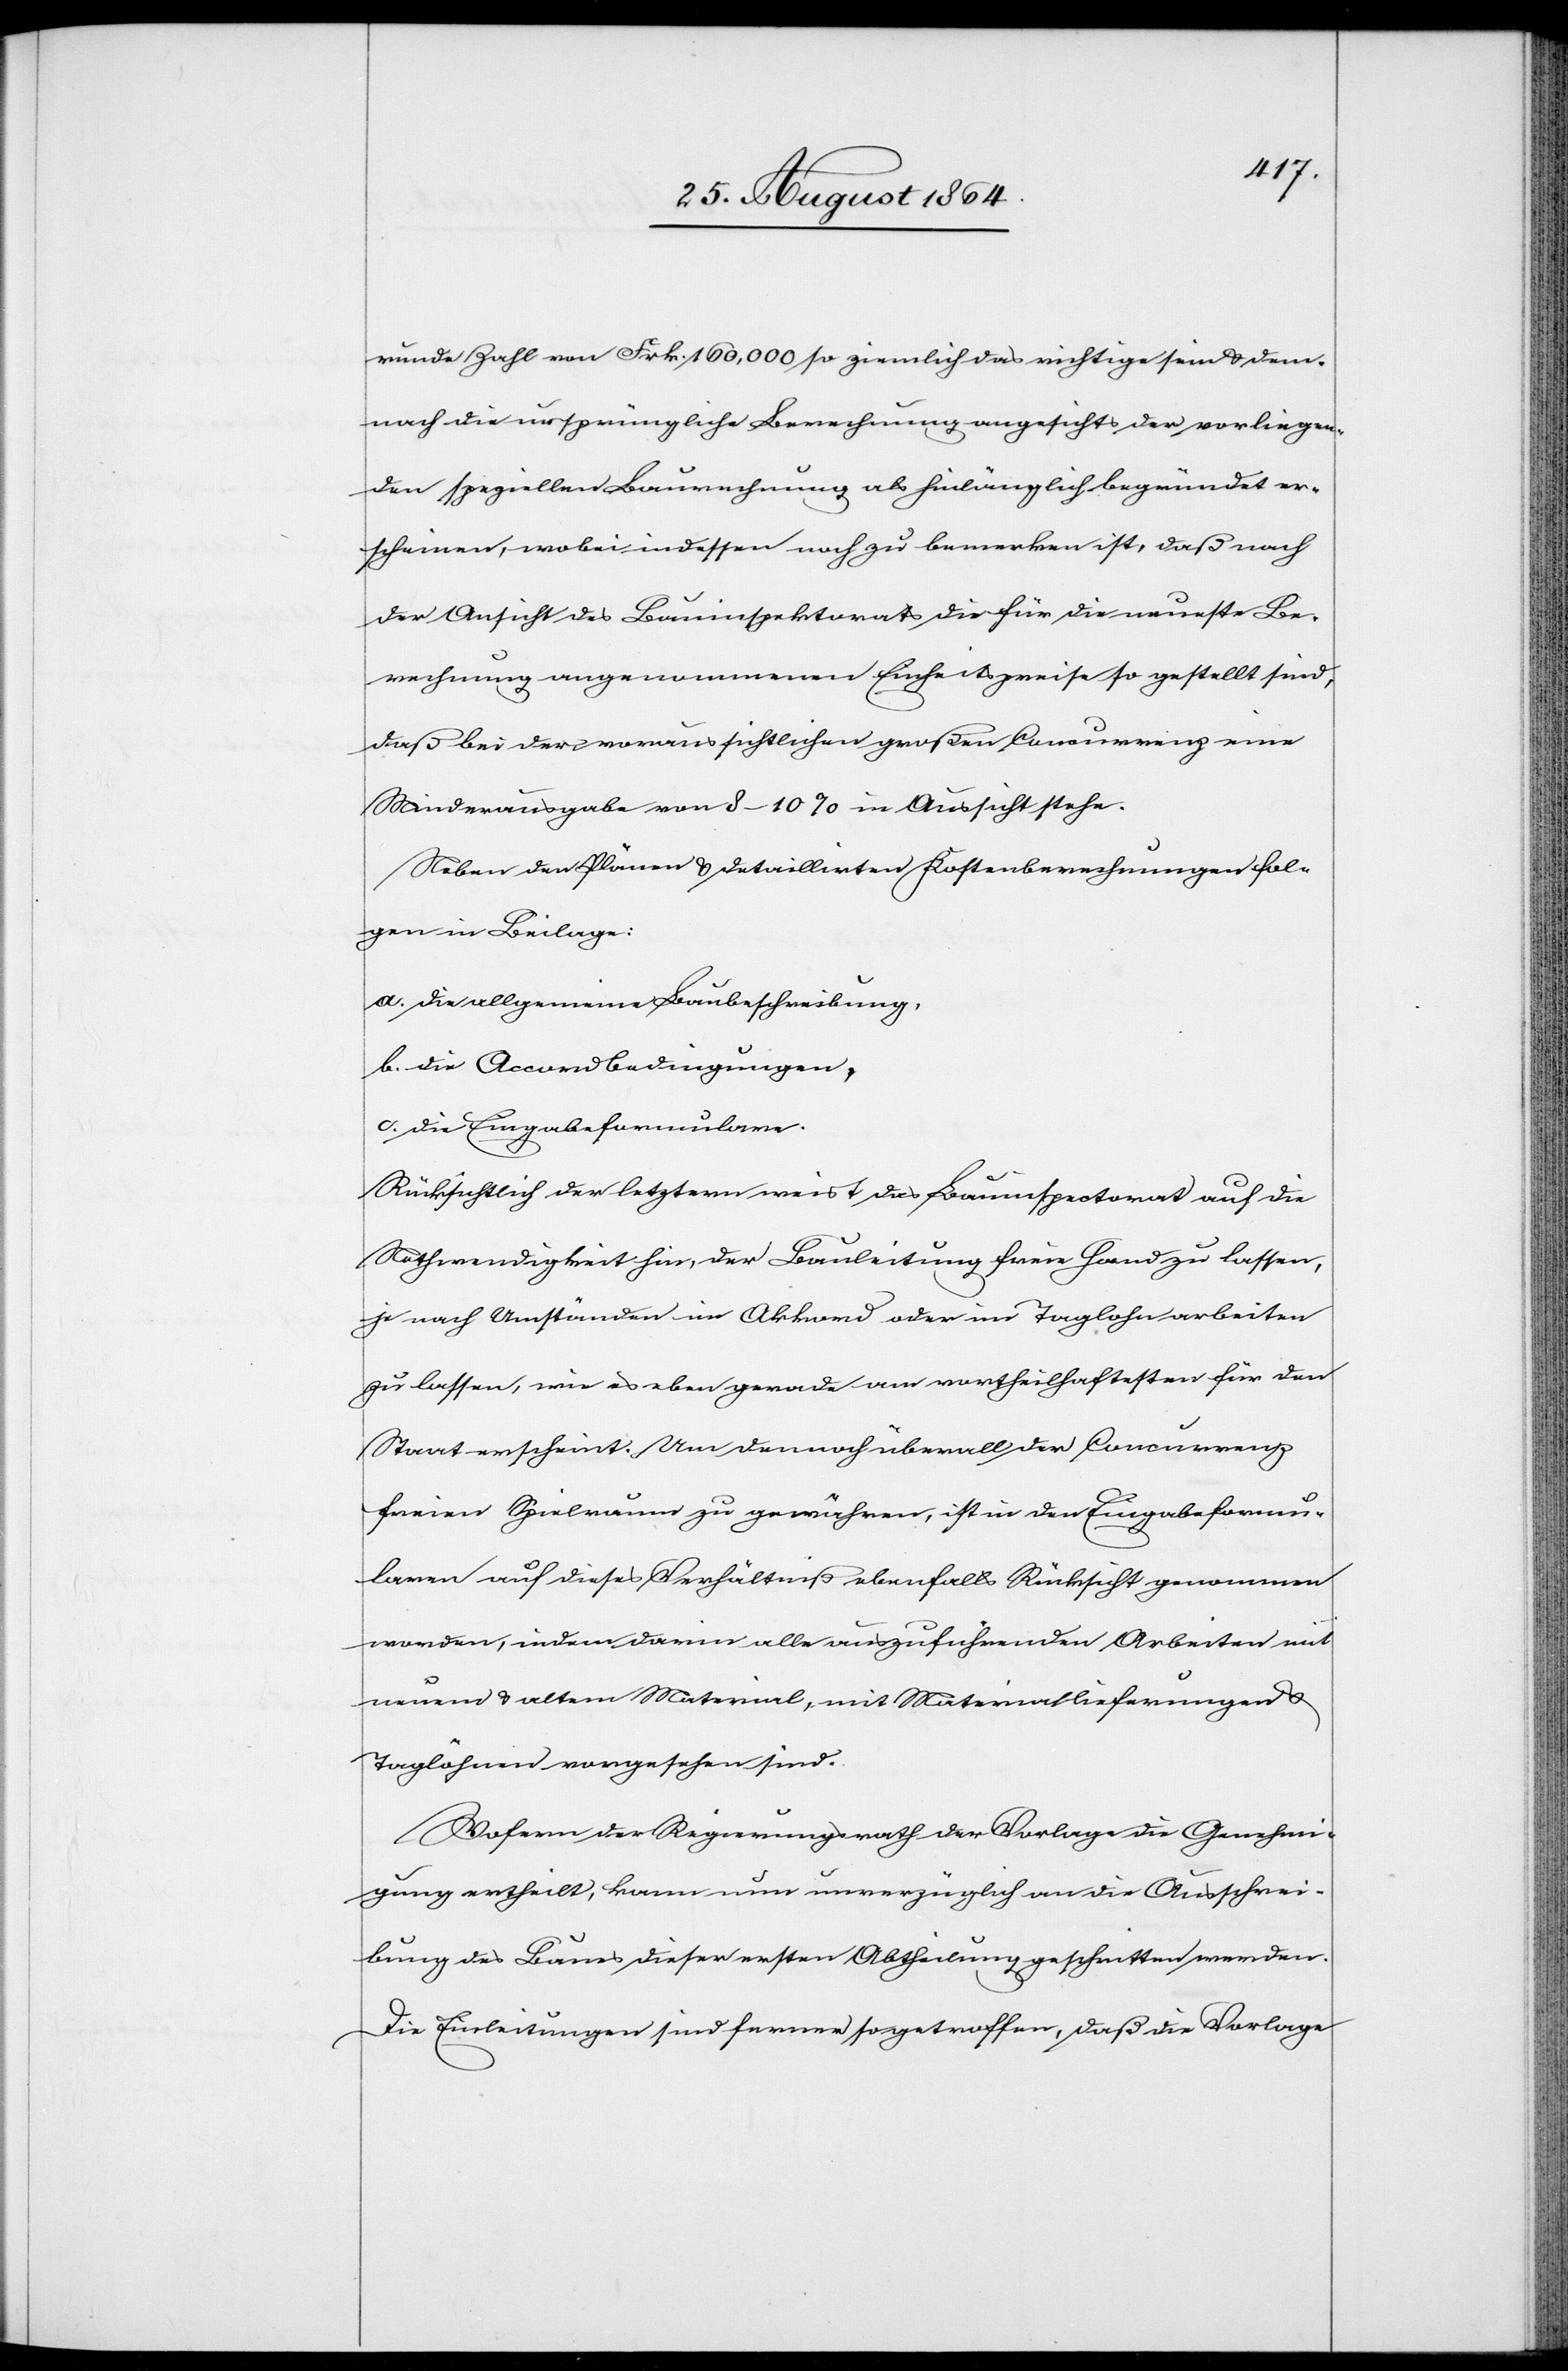
runde Zahl von Frk. 160,000 so ziemlich das richtige sein & dem¬
nach die ursprüngliche Berechnung angesichts der vorliegen¬
den speziellen Baurechnung als hinlänglich begründet er¬
scheinen, wobei indessen noch zu bemerken ist, daß nach
der Ansicht des Bauinspektorats die für die neueste Be¬
rechnung angenommenen Einheitspreise so gestellt sind,
daß bei der voraussichtlichen großen Concurrenz eine
Minderausgabe von 8–10% in Aussicht stehe.
Neben den Plänen & detaillirten Kostenberechnungen fol¬
gen in Beilage:
a. die allgemeine Baubeschreibung,
b. die Accordbedingungen,
c. die Eingabeformulare.
Rücksichtlich der letztern weist das Bauinspektorat auf die
Nothwendigkeit hin, der Bauleitung freie Hand zu lassen,
je nach Umständen im Akkord oder im Taglohn arbeiten
zu lassen, wie es eben gerade am vortheilhaftesten für den
Staat erscheint. Um dennoch überall der Concurrenz
freien Spielraum zu gewähren, ist in den Eingabeformu¬
laren auf dieses Verhältniß ebenfalls Rücksicht genommen
worden, indem darin alle auszuführenden Arbeiten mit
neuem & altem Material, mit Materiallieferungen &
Taglöhnen vorgesehen sind.
Wofern der Regierungsrath der Vorlage die Genehmi¬
gung ertheilt, kann nun unverzüglich an die Ausschrei¬
bung des Baues dieser ersten Abtheilung geschritten werden.
Die Einleitungen sind ferner so getroffen, daß die Vorlage